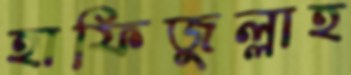
হাফিজুল্লাহ